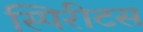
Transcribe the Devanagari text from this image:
स्पिरीटस